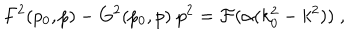
F ^ { 2 } ( p _ { 0 } , p ) - G ^ { 2 } ( p _ { 0 } , p ) \; p ^ { 2 } = { \cal F } ( \alpha ( k _ { 0 } ^ { 2 } - k ^ { 2 } ) ) \; ,